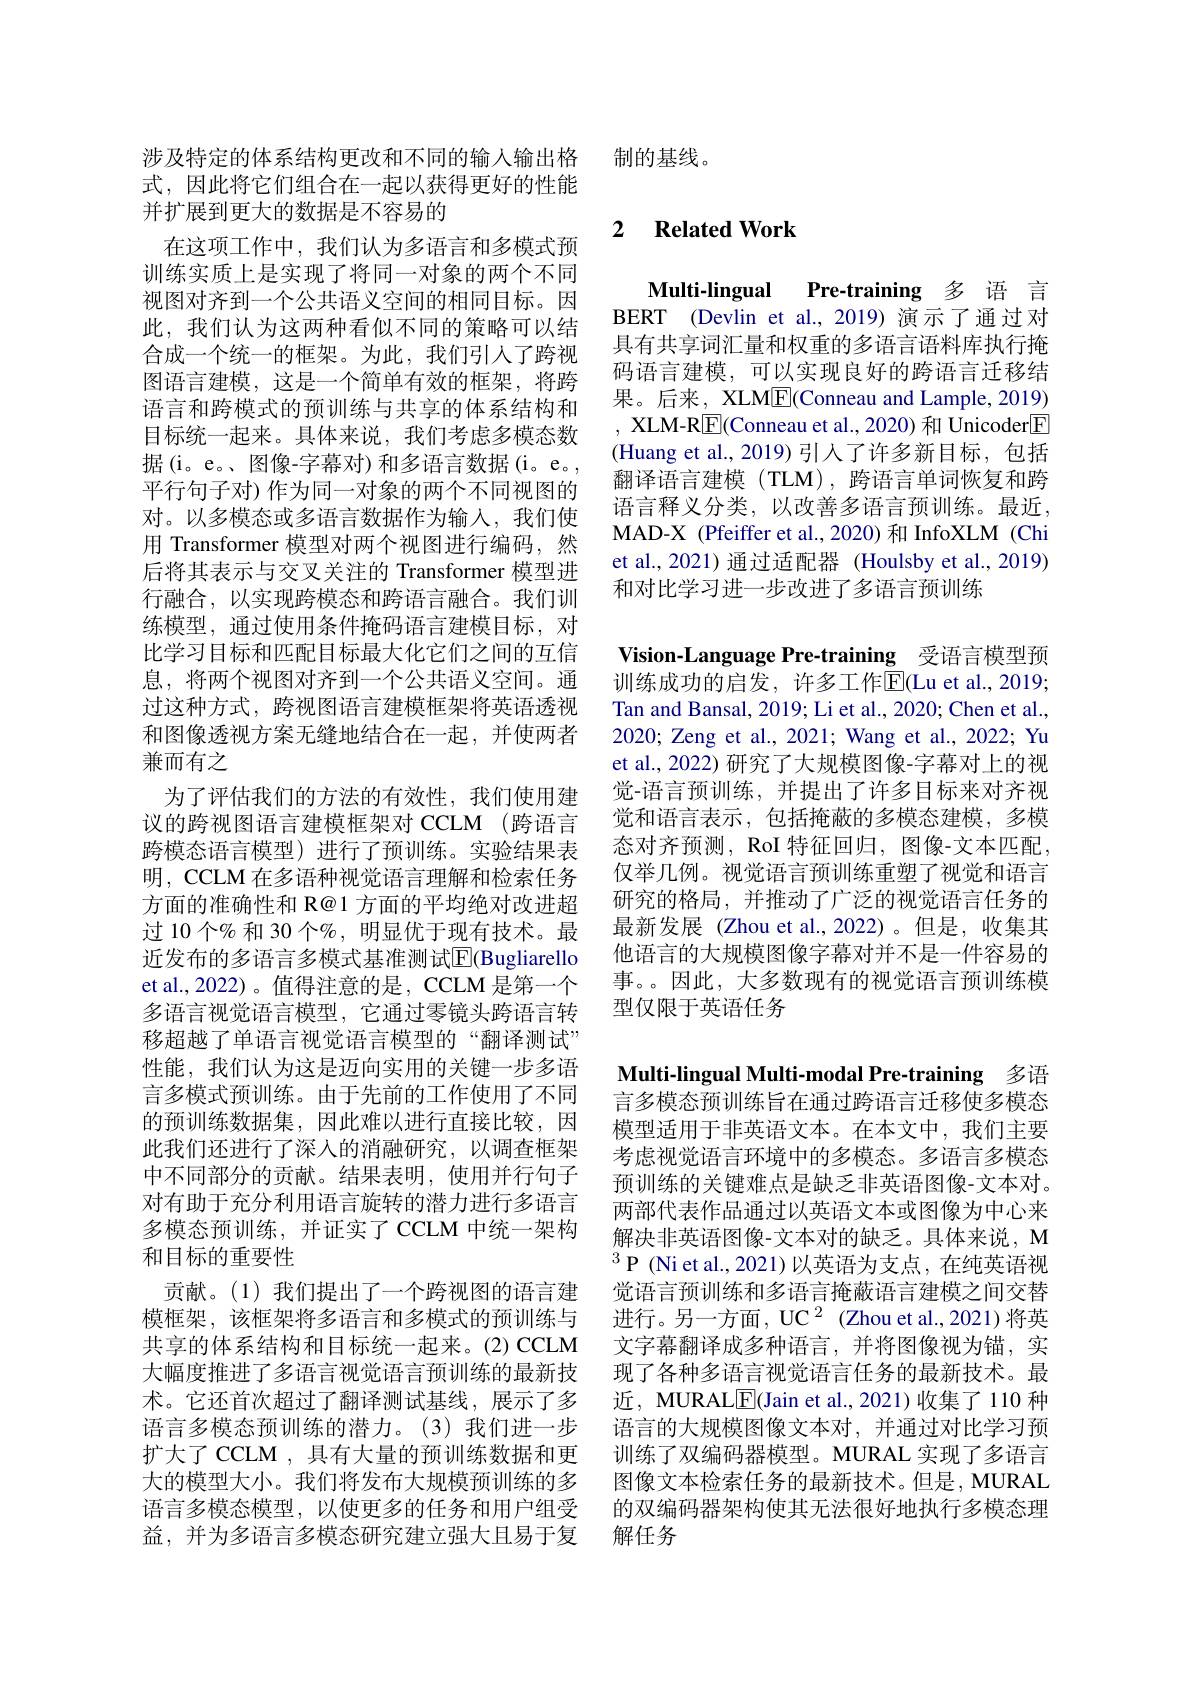
涉及特定的体系结构更改和不同的输入输出格式，因此将它们组合在一起以获得更好的性能并扩展到更大的数据是不容易的
在这项工作中，我们认为多语言和多模式预训练实质上是实现了将同一对象的两个不同视图对齐到一个公共语义空间的相同目标。因此，我们认为这两种看似不同的策略可以结合成一个统一的框架。为此，我们引入了跨视图语言建模，这是一个简单有效的框架，将跨语言和跨模式的预训练与共享的体系结构和目标统一起来。具体来说，我们考虑多模态数据(i。e。、图像-字幕对)和多语言数据(i。e。, 平行句子对)作为同一对象的两个不同视图的对。以多模态或多语言数据作为输入，我们使用 Transformer 模型对两个视图进行编码，然后将其表示与交叉关注的 Transformer 模型进行融合，以实现跨模态和跨语言融合。我们训练模型，通过使用条件掩码语言建模目标，对比学习目标和匹配目标最大化它们之间的互信息，将两个视图对齐到一个公共语义空间。通过这种方式，跨视图语言建模框架将英语透视和图像透视方案无缝地结合在一起，并使两者兼而有之
为了评估我们的方法的有效性，我们使用建议的跨视图语言建模框架对 CCLM (跨语言跨模态语言模型)进行了预训练。实验结果表明，CCLM 在多语种视觉语言理解和检索任务方面的准确性和 R@1 方面的平均绝对改进超过 10 个% 和 30 个$\%$, 明显优于现有技术。最近发布的多语言多模式基准测试E$( Bugliarello$ et al.,2022)。值得注意的是，CCLM 是第一个多语言视觉语言模型，它通过零镜头跨语言转移超越了单语言视觉语言模型的“翻译测试” 性能，我们认为这是迈向实用的关键一步多语言多模式预训练。由于先前的工作使用了不同的预训练数据集，因此难以进行直接比较，因此我们还进行了深入的消融研究，以调查框架中不同部分的贡献。结果表明，使用并行句子对有助于充分利用语言旋转的潜力进行多语言多模态预训练，并证实了 CCLM 中统一架构和目标的重要性
贡献。(1)我们提出了一个跨视图的语言建模框架，该框架将多语言和多模式的预训练与共享的体系结构和目标统一起来。(2) CCLM 大幅度推进了多语言视觉语言预训练的最新技术。它还首次超过了翻译测试基线，展示了多语言多模态预训练的潜力。(3)我们进一步扩大了 CCLM , 具有大量的预训练数据和更大的模型大小。我们将发布大规模预训练的多语言多模态模型，以使更多的任务和用户组受益，并为多语言多模态研究建立强大且易于复

制的基线。

## 2 $\textbf{Related Work}$

Multi-lingual Pre-training 多 语 言BERT (Devlin et al.,2019)演示了通过对具有共享词汇量和权重的多语言语料库执行掩码语言建模，可以实现良好的跨语言迁移结果。后来，XLM$\underline{\mathrm{E}}($Conneau and Lample, 2019) $, \textbf{ XLM- R}\boxed{\mathrm{F} }($Conneau et al.,2020)和 Unicoder$\boxed{\mathrm{F}}$ (Huang et al.,2019)引入了许多新目标，包括翻译语言建模(TLM),跨语言单词恢复和跨语言释义分类，以改善多语言预训练。最近， MAD-X (Pfeiffer et al., 2020) 和 InfoXLM (Chi et al., 2021) 通过适配器 (Houlsby et al., 2019) 和对比学习进一步改进了多语言预训练

Vision-Language Pre-training 受语言模型预

训练成功的启发，许多工作$\overline{\mathrm{E}}($Lu et al.,2019; Tan and Bansal, 2019; Li et al., 2020; Chen et al., 2020; Zeng et al., 2021; Wang et al., 2022; Yu et al., 2022) 研究了大规模图像-字幕对上的视觉-语言预训练，并提出了许多目标来对齐视觉和语言表示，包括掩蔽的多模态建模，多模态对齐预测，RoI 特征回归，图像-文本匹配， 仅举几例。视觉语言预训练重塑了视觉和语言研究的格局，并推动了广泛的视觉语言任务的最新发展 (Zhou et al.,2022)。但是，收集其他语言的大规模图像字幕对并不是一件容易的事。。因此，大多数现有的视觉语言预训练模型仅限于英语任务

Multi-lingual Multi-modal Pre-training 多语言多模态预训练旨在通过跨语言迁移使多模态模型适用于非英语文本。在本文中，我们主要考虑视觉语言环境中的多模态。多语言多模态预训练的关键难点是缺乏非英语图像-文本对。两部代表作品通过以英语文本或图像为中心来解决非英语图像-文本对的缺乏。具体来说，M $^{3}$P (Niet al.,2021)以英语为支点，在纯英语视觉语言预训练和多语言掩蔽语言建模之间交替进行。另一方面，UC 2(Zhou et al., 2021)将英文字幕翻译成多种语言，并将图像视为锚，实现了各种多语言视觉语言任务的最新技术。最近，MURALE(Jain et al., 2021)收集了 110 种语言的大规模图像文本对，并通过对比学习预训练了双编码器模型。MURAL 实现了多语言图像文本检索任务的最新技术。但是，MURAL 的双编码器架构使其无法很好地执行多模态理解任务